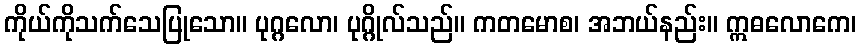
ကိုယ်ကိုသက်သေပြုသော။ ပုဂ္ဂလော၊ ပုဂ္ဂိုလ်သည်။ ကတမောစ၊ အဘယ်နည်း။ ဣဓလောကေ၊